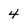
Character: 4